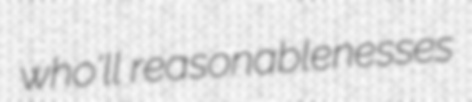
who'll reasonablenesses